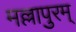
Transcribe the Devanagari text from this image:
मल्लापुरम्